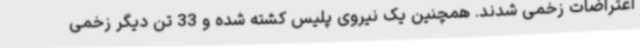
اعتراضات زخمی شدند. همچنین یک نیروی پلیس کشته شده و 33 تن دیگر زخمی